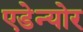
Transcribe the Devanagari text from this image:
एडेन्योर